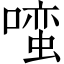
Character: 𱔭